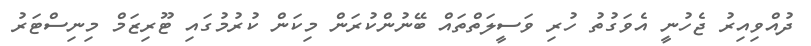
ދުއްވިއިރު ޖެހުނީ އެވަގުތު ހުރި ވަސީލަތްތައް ބޭނުންކުރަން މިކަން ކުރުމުގައި ޓޫރިޒަމް މިނިސްޓަރު